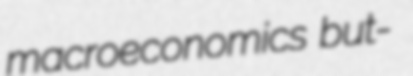
macroeconomics but-